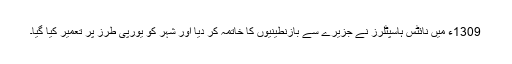
1309ء میں نائٹس ہاسپٹلرز نے جزیرے سے بازنطینیوں کا خاتمہ کر دیا اور شہر کو یورپی طرز پر تعمیر کیا گیا۔